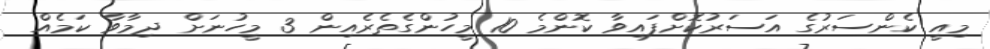
މިއީ ކެންސަރުގެ އަސަރުކޮށްފައިވާ ކޮންމެ 10 މީހުންގެތެރެއިން 3 މީހުނަށް ދިމާވާ ކަމެއް